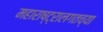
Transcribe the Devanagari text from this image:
महाराष्ट्रालगतच्या